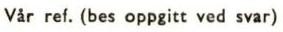
Vår ref. (bes oppgitt ved svar)